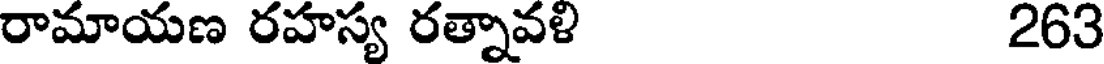
రామాయణ రహస్య రత్నావళి 263